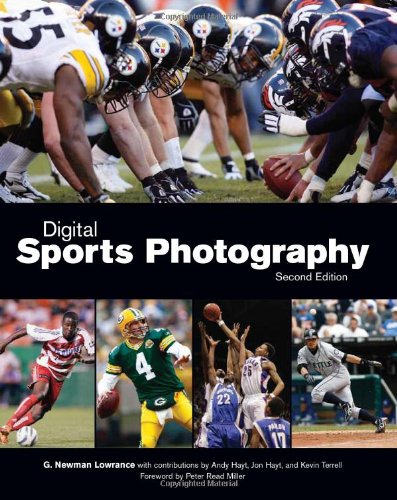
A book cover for Digital Sports Photography, Second Edition; G. Newman Lowrance; Arts & Photography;